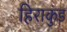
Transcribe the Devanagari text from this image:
हिराकुंड